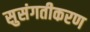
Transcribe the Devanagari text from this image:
सुसंगतीकरण